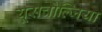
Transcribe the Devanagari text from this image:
यूसचोल्जिया